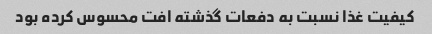
کیفیت غذا نسبت به دفعات گذشته افت محسوس کرده بود